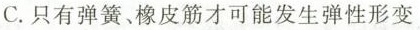
C.只有弹簧、橡皮筋才可能发生弹性形变